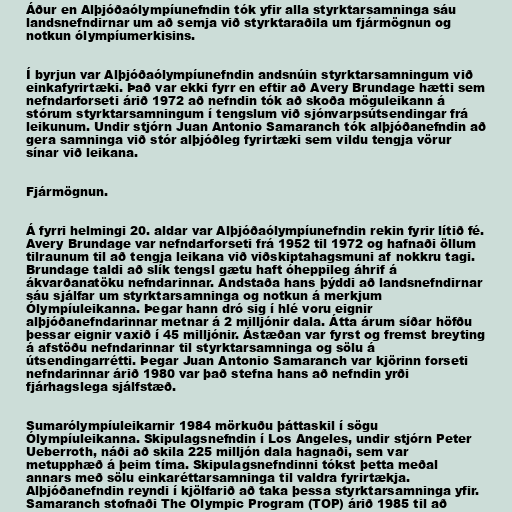
Áður en Alþjóðaólympíunefndin tók yfir alla styrktarsamninga sáu
landsnefndirnar um að semja við styrktaraðila um fjármögnun og
notkun ólympíumerkisins.

Í byrjun var Alþjóðaólympíunefndin andsnúin styrktarsamningum við
einkafyrirtæki. Það var ekki fyrr en eftir að Avery Brundage hætti sem
nefndarforseti árið 1972 að nefndin tók að skoða möguleikann á
stórum styrktarsamningum í tengslum við sjónvarpsútsendingar frá
leikunum. Undir stjórn Juan Antonio Samaranch tók alþjóðanefndin að
gera samninga við stór alþjóðleg fyrirtæki sem vildu tengja vörur
sínar við leikana.

Fjármögnun.

Á fyrri helmingi 20. aldar var Alþjóðaólympíunefndin rekin fyrir lítið fé.
Avery Brundage var nefndarforseti frá 1952 til 1972 og hafnaði öllum
tilraunum til að tengja leikana við viðskiptahagsmuni af nokkru tagi.
Brundage taldi að slík tengsl gætu haft óheppileg áhrif á
ákvarðanatöku nefndarinnar. Andstaða hans þýddi að landsnefndirnar
sáu sjálfar um styrktarsamninga og notkun á merkjum
Ólympíuleikanna. Þegar hann dró sig í hlé voru eignir
alþjóðanefndarinnar metnar á 2 milljónir dala. Átta árum síðar höfðu
þessar eignir vaxið í 45 milljónir. Ástæðan var fyrst og fremst breyting
á afstöðu nefndarinnar til styrktarsamninga og sölu á
útsendingarrétti. Þegar Juan Antonio Samaranch var kjörinn forseti
nefndarinnar árið 1980 var það stefna hans að nefndin yrði
fjárhagslega sjálfstæð.

Sumarólympíuleikarnir 1984 mörkuðu þáttaskil í sögu
Ólympíuleikanna. Skipulagsnefndin í Los Angeles, undir stjórn Peter
Ueberroth, náði að skila 225 milljón dala hagnaði, sem var
metupphæð á þeim tíma. Skipulagsnefndinni tókst þetta meðal
annars með sölu einkaréttarsamninga til valdra fyrirtækja.
Alþjóðanefndin reyndi í kjölfarið að taka þessa styrktarsamninga yfir.
Samaranch stofnaði The Olympic Program (TOP) árið 1985 til að